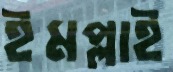
ইমপ্লাই